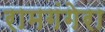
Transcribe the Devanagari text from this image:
रामगंगेरा